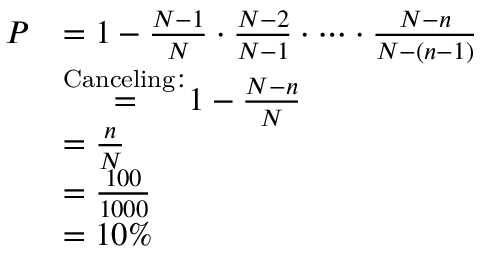
{ \begin{array} { r l } { P } & { = 1 - { \frac { N - 1 } { N } } \cdot { \frac { N - 2 } { N - 1 } } \cdot \cdots \cdot { \frac { N - n } { N - ( n - 1 ) } } } \\ & { { \stackrel { \mathrm { C a n c e l i n g : } } { = } } 1 - { \frac { N - n } { N } } } \\ & { = { \frac { n } { N } } } \\ & { = { \frac { 1 0 0 } { 1 0 0 0 } } } \\ & { = 1 0 \% } \end{array} }